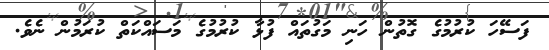
ފަސޭހަ ކުރުމުގެ ގޮތުން ހަނި މަގުތައް ފުޅާ ކުރުމުގެ މަސައްކަތް ކުރަމުން ނެވެ.